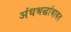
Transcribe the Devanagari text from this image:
अंधश्रद्धांबाबत